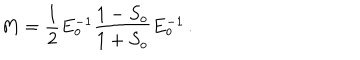
LaTeX: M = \frac { 1 } { 2 } E _ { o } ^ { - 1 } \frac { 1 - S _ { o } } { 1 + S _ { o } } E _ { o } ^ { - 1 } \, .